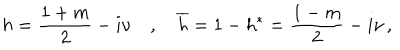
h = \frac { 1 + m } 2 - i \nu \quad , \quad \overline { { { h } } } = 1 - h ^ { * } = \frac { 1 - m } 2 - i \nu \, ,